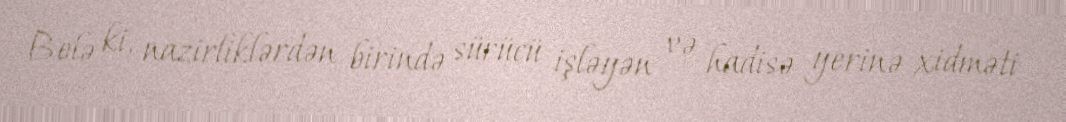
Belə ki, nazirliklərdən birində sürücü işləyən və hadisə yerinə xidməti